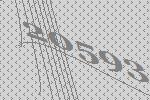
20593